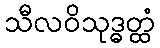
သီလဝိသုဒ္ဓတ္ထံ